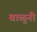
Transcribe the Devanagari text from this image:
वाळुनी